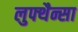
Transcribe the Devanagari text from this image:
लुफ्थैन्सा